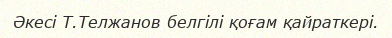
Әкесі Т.Телжанов белгілі қоғам қайраткері.